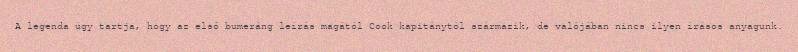
A legenda úgy tartja, hogy az első bumeráng leírás magától Cook kapitánytól származik, de valójában nincs ilyen írásos anyagunk.